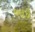
બાઇ